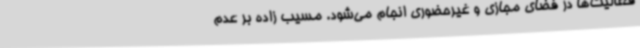
فعالیت‌ها در فضای مجازی و غیرحضوری انجام می‌شود. مسیب زاده بر عدم